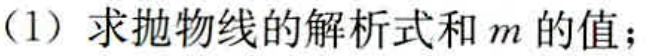
(1) 求抛物线的解析式和\(m\)的值；